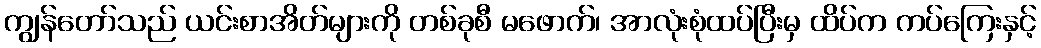
ကျွန်တော်သည် ယင်းစာအိတ်များကို တစ်ခုစီ မဖောက်၊ အာလုံးစုံထပ်ပြီးမှ ထိပ်က ကပ်ကြေးနှင့်